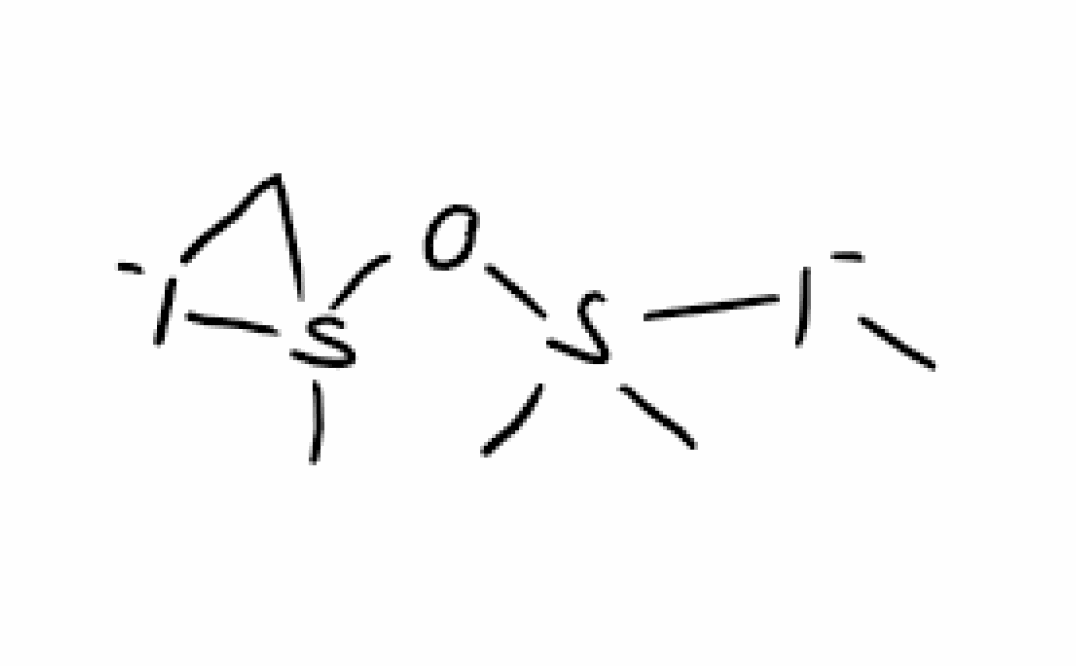
Simplified molecular-input line-entry system (SMILES) notation of the given molecule:
CS1(C[I-]1)OS(C)(C)[I-]C